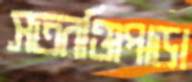
সতরঞ্জিপাড়া